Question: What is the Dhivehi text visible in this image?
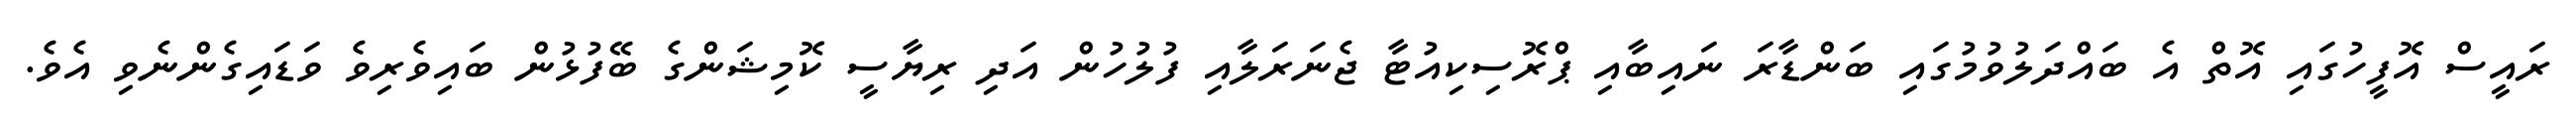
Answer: ރައީސް އޮފީހުގައި އޮތް އެ ބައްދަލުވުމުގައި ބަންޑާރަ ނައިބާއި ޕްރޮސިކިއުޓާ ޖެނަރަލާއި ފުލުހުން އަދި ރިޔާސީ ކޮމިޝަންގެ ބޭފުޅުން ބައިވެރިވެ ވަޑައިގެންނެވި އެވެ.